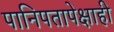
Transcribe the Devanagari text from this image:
पानिपतापेक्षाही